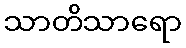
သာတိသာရော